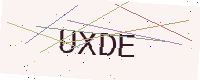
Text: UXDE